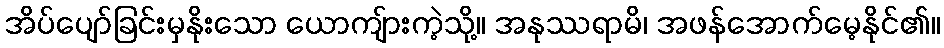
အိပ်ပျော်ခြင်းမှနိုးသော ယောကျ်ားကဲ့သို့။ အနုဿရာမိ၊ အဖန်အောက်မေ့နိုင်၏။